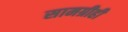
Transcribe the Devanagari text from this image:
सामग्रीही